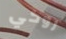
روكي